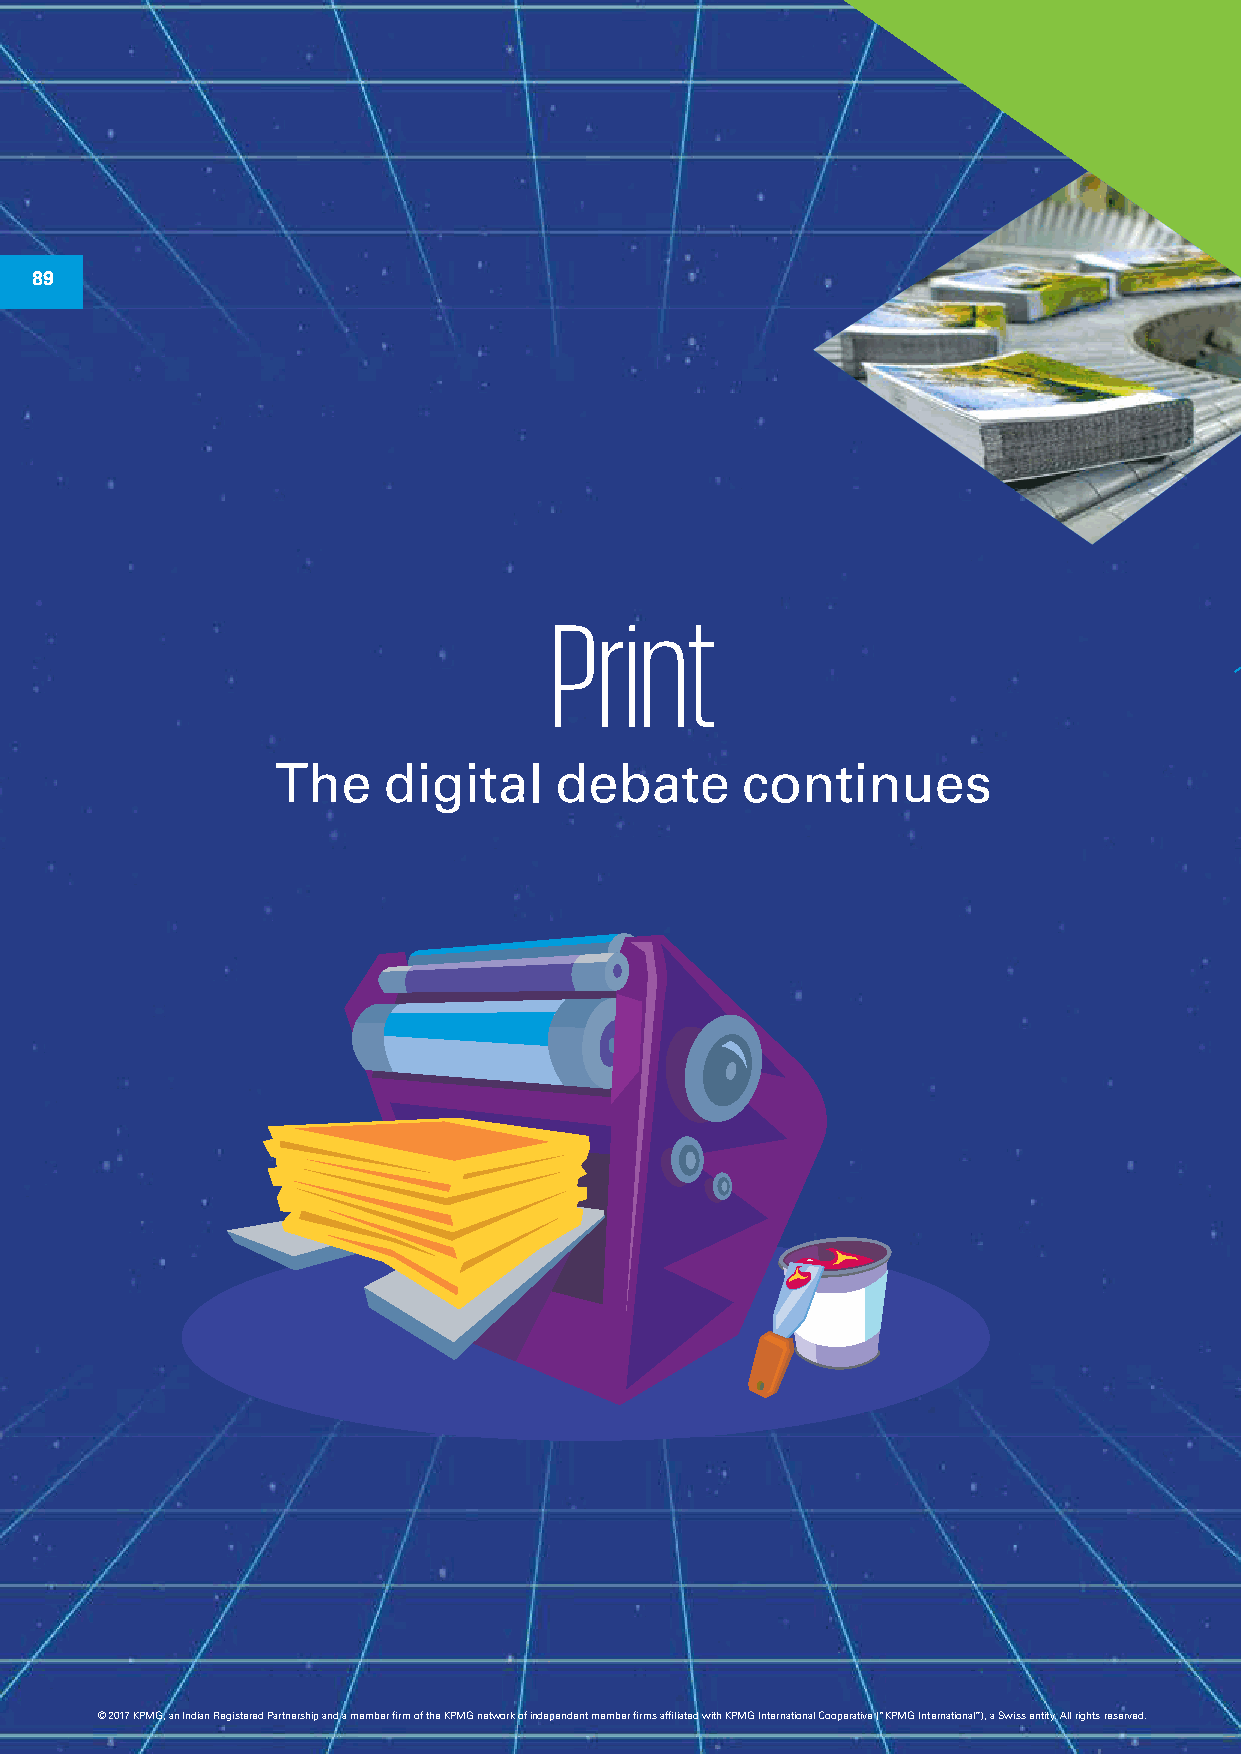
89
 Print
 The    digital     debate      continues
 © 2017 KPMG, an Indian Registered Partnership and a member firm of the KPMG network of independent member firms affiliated with KPMG International Cooperative (“KPMG International”), a Swiss entity. All rights reserved.